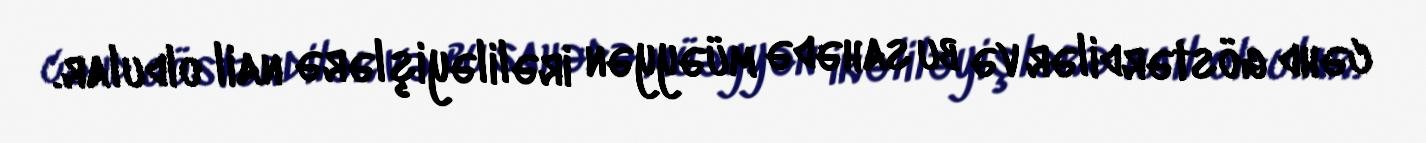
cəhd göstərdilər və bu sahədə müəyyən irəliləyişlərə nail oldular.